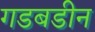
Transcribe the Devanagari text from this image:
गडबडीन